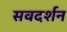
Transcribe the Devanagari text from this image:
सवदर्शन